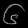
Digit: ၆